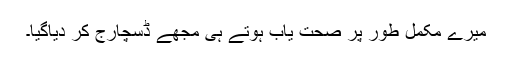
میرے مکمل طور پر صحت یاب ہوتے ہی مجھے ڈسچارج کر دیاگیا۔